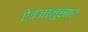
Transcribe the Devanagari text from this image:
ऐवजांनुसार